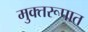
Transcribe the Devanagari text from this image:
मुक्तरूपात